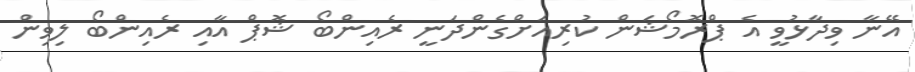
އޭނާ ވިދާޅުވީ އެ ޕްރޮމޯޝަން ކުރިއަށްގެންދަނީ ރެއިންބޯ ޝޮޕް އާއި ރެއިންބޯ ލިވިން